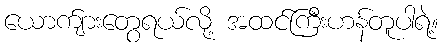
ယောက်ျားတွေရယ်လို့ အထင်ကြီးဟန်တူပါရဲ့။